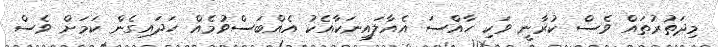
މިދަތުރުތައް ވެސް ކުރާނީ ވަކި ހާއްސަ އެއާލައިނަކާއެކު އެއްބަސްވުމެއް ހަދައިގެން ކަމަށް ވެސް